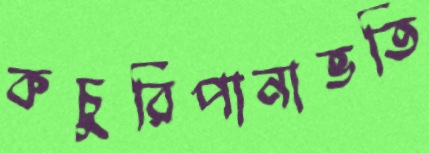
কচুরিপানাভর্তি